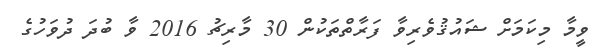
ވީމާ މިކަމަށް ޝައުޤުވެރިވާ ފަރާތްތަކުން 30 މާރިޗު 2016 ވާ ބުދަ ދުވަހުގެ